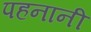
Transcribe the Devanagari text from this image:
पहनानी